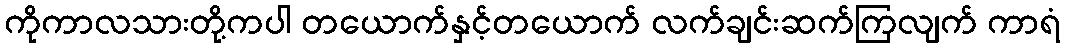
ကိုကာလသားတို့ကပါ တယောက်နှင့်တယောက် လက်ချင်းဆက်ကြလျက် ကာရံ